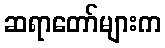
ဆရာတော်များက